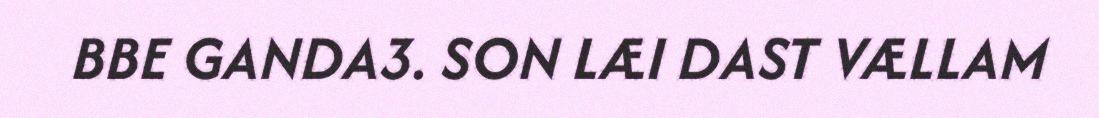
BBE GANDA3. SON LÆI DAST VÆLLAM